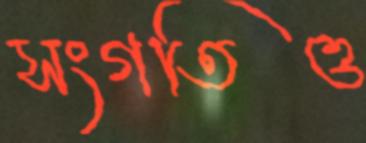
সংগতিও